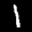
Label: 1